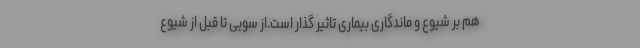
هم بر شیوع و ماندگاری بیماری تاثیر گذار است.از سویی تا قبل از شیوع